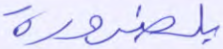
بلضرورة